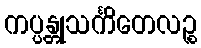
ကပ္ပန္တုသင်္ကိတေလဉ္စ